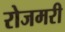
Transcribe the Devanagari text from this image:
रोजमरी